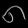
Digit: ၈